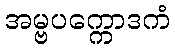
အမ္ဗပက္ကောဒကံ